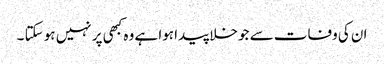
ان کی وفات سے جو خلا پیدا ہوا ہے وہ کبھی پر نہیں ہو سکتا ۔